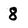
Character: 8